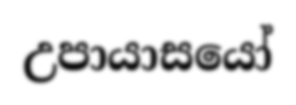
උපායාසයෝ